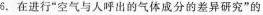
6.在进行“空气与人呼出的气体成分的差异研究”的